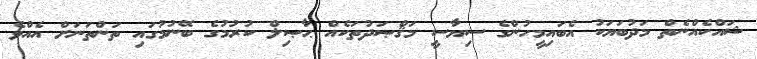
ޝައްކެއްނެތް މަދުބަޔަކު އެބައިމީހުންގެ ސިޔާސީ މަޤްޞަދުތަކެއް ޙާޞިލް ކުރުމުގެ ބޭނުމުގައި ތަންތަނަށް އެއްވެ